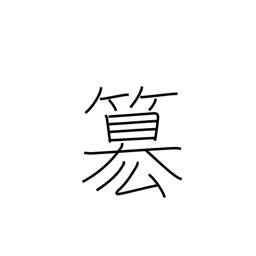
Meaning: rob